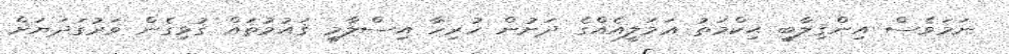
ނަމަވެސް އިންޤިލާބީ ޙިކްމަތު ޢަމަލީއެއްގެ ދަށުން ހުރިހާ އިސްލާމީ ޤައުމުތައް ގުޅިގެން ވަރުގަދަޔަށް